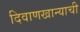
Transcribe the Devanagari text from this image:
दिवाणखान्याची